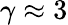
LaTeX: \gamma\approx 3